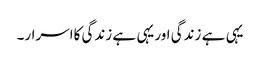
یہی ہے زندگی اوریہی ہے زندگی کااسرار۔